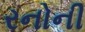
રનોની